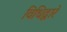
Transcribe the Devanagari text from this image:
विधिद्वारे